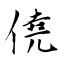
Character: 僥